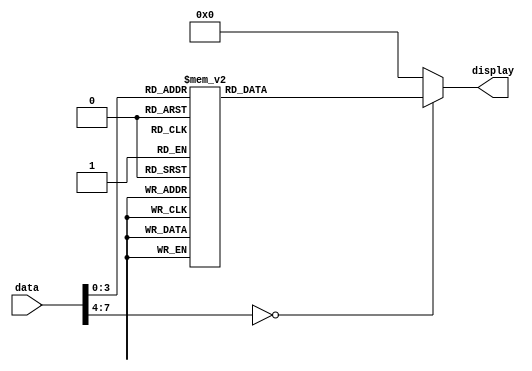
module sevensegment(input [7:0]data , output reg [6:0]display);
initial 
begin
display = 0;
end 
// this illustrates the behaviour of the seven segment
always @(*)
begin
case(data)
4'b0000 : display = 7'b1111110; // to display 0 on seven segment
4'b0001 : display = 7'b0110000; // to display 1 on seven segment
4'b0010 : display = 7'b1101101; // to display 2 on seven segment
4'b0011 : display = 7'b1111001; // to display 3 on seven segment
4'b0100 : display = 7'b0110011; // to display 4 on seven segment
4'b0101 : display = 7'b1011011; // to display 5 on seven segment
4'b0110 : display = 7'b1011111; // to display 6 on seven segment
4'b0111 : display = 7'b1110000; // to display 7 on seven segment
4'b1000 : display = 7'b1111111; // to display 8 on seven segment
4'b1001 : display = 7'b1111011; // to display 9 on seven segment
default : display = 0; 
endcase
end
endmodule